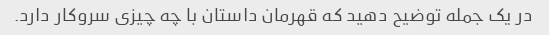
در یک جمله توضیح دهید که قهرمان داستان با چه چیزی سروکار دارد.